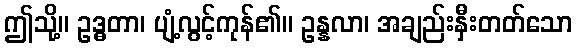
ဤသို့။ ဥဒ္ဓတာ၊ ပျံ့လွင့်ကုန်၏။ ဥန္နလာ၊ အချည်းနှီးတတ်သော